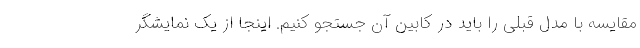
مقایسه با مدل قبلی را باید در کابین آن جستجو کنیم. اینجا از یک نمایشگر